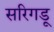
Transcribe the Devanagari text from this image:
सरिगडू